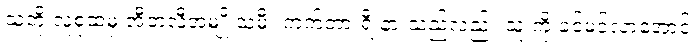
သူတို့ လူစုထဲမှ အီတလီအမျိုးသမီး ကက်တားရီးနားသည်လည်း သူ့ ကို ခင်မင်လာအောင်